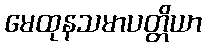
မေထုနသမာပတ္တိယာ